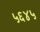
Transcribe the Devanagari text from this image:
५६४५